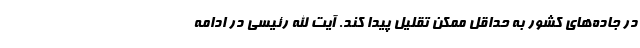
در جاده‌های کشور به حداقل ممکن تقلیل پیدا کند. آیت الله رئیسی در ادامه